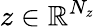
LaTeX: z\in\mathbb{R}^{N_{z}}